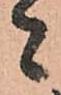
者